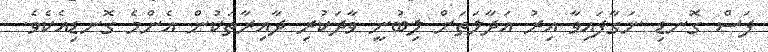
ފަސް ގޮނޑި ނަގާފައިވާ އިރު އަދާލަތަށް ލިބުނީ ވާދަކުރި ދާއިރާތަކުން އެންމެ ގޮނޑިއެކެވެ.